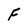
Character: F